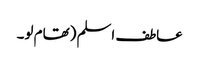
عاطف اسلم (تھام لو۔